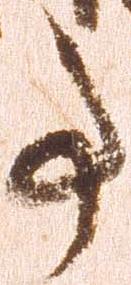
事